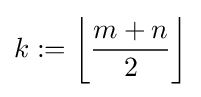
k:={\bigg \lfloor }{\frac {m+n}{2}}{\bigg \rfloor }